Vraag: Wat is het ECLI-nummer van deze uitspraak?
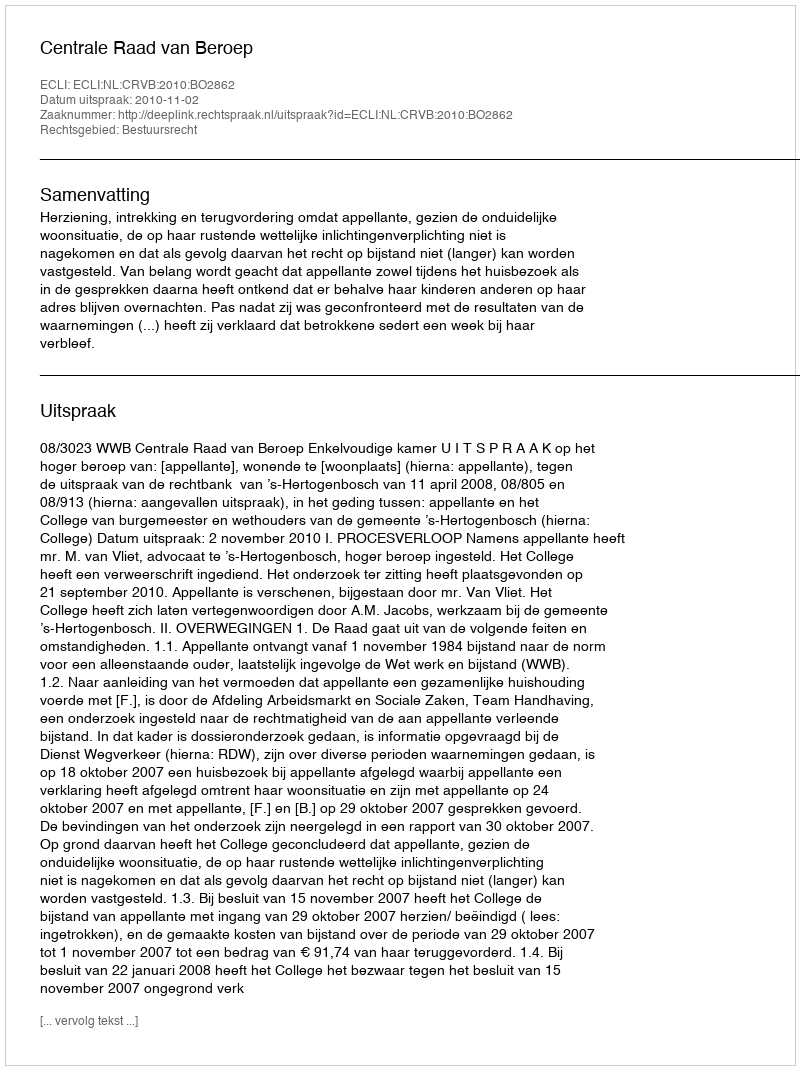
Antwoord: ECLI:NL:CRVB:2010:BO2862